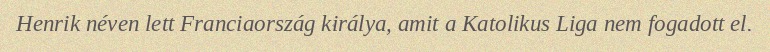
Henrik néven lett Franciaország királya, amit a Katolikus Liga nem fogadott el.